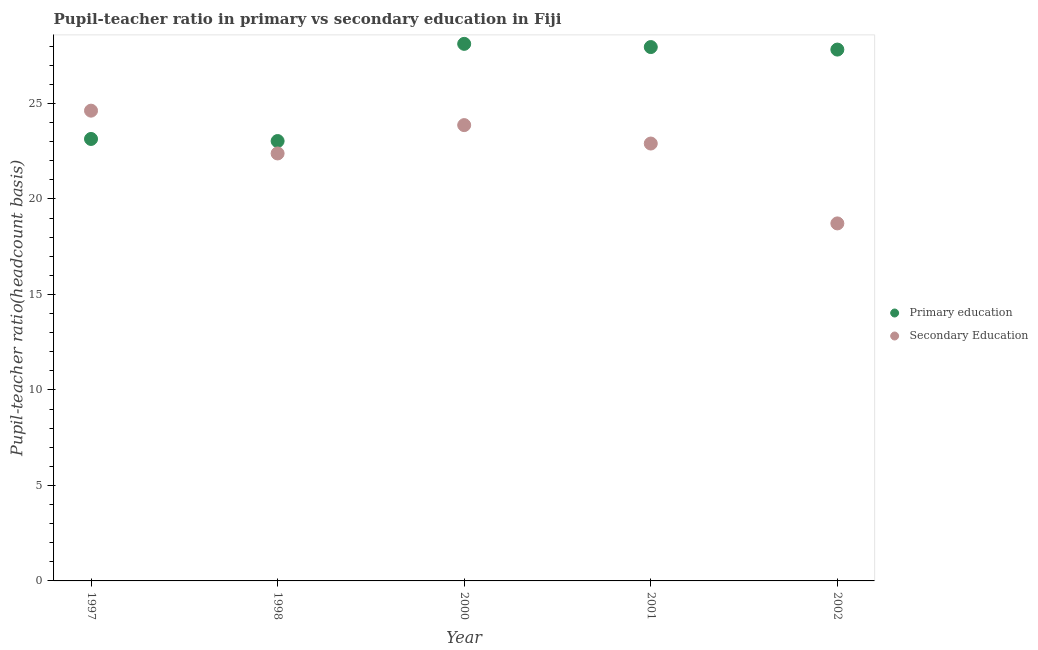
| Year | Primary education | Secondary Education |
 | --- | --- | --- |
 | 1997 | 23.1 | 24.6 |
 | 1998 | 23 | 22.4 |
 | 2000 | 28.1 | 23.9 |
 | 2001 | 28 | 22.9 |
 | 2002 | 27.8 | 18.7 |